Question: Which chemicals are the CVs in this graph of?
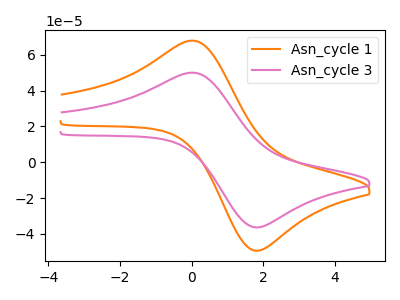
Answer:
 <answer>The orange curve is labeled "Asn_cycle 1". The pink curve is labeled "Asn_cycle 3".</answer>
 <eval></eval>